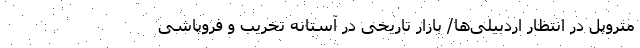
متروپل در انتظار اردبیلی‌ها/ بازار تاریخی در آستانه تخریب و فروپاشی